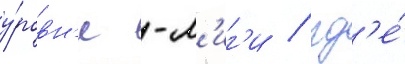
у́ровн'е -л'иг'и / гд'е́